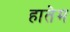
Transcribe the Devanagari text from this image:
हातेम